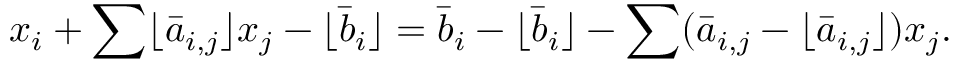
x _ { i } + \sum \lfloor { \bar { a } } _ { i , j } \rfloor x _ { j } - \lfloor { \bar { b } } _ { i } \rfloor = { \bar { b } } _ { i } - \lfloor { \bar { b } } _ { i } \rfloor - \sum ( { \bar { a } } _ { i , j } - \lfloor { \bar { a } } _ { i , j } \rfloor ) x _ { j } .